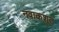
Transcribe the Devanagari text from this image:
नवाकशूत